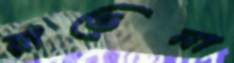
রাভেনা